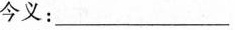
今义：___